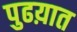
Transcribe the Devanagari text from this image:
पुढय़ात